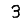
Digit: 3